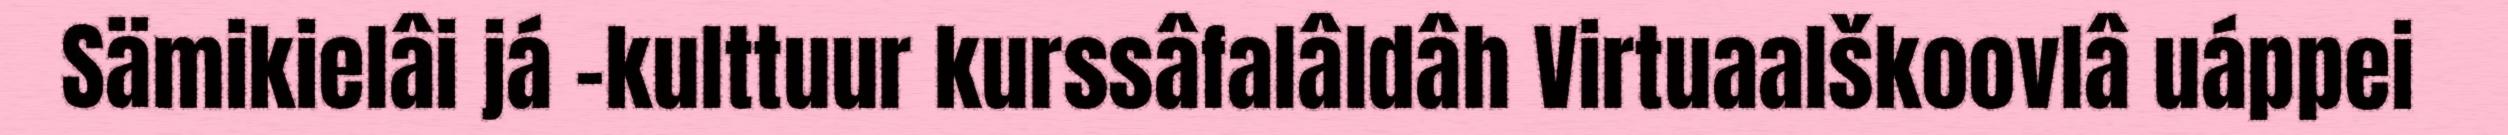
Sämikielâi já -kulttuur kurssâfalâldâh Virtuaalškoovlâ uáppei